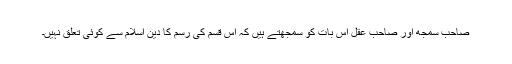
صاحب سمجھ اور صاحب عقل اس بات کو سمجھتے ہیں کہ اس قسم کی رسم کا دین اسلام سے کوئی تعلق نہیں۔